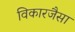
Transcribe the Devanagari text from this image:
विकारजैसा